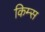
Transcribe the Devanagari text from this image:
किम्स